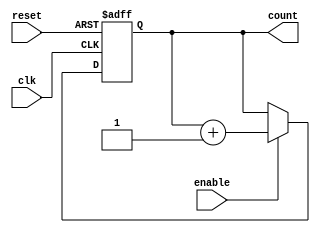
module ChainedParallelCounter #(
    parameter N = 4 // Number of bits in counter
) (
    input wire clk,       // Clock signal
    input wire reset,     // Asynchronous reset
    input wire enable,    // Enable signal
    output reg [N-1:0] count // Counter output
);

// Asynchronous reset logic
always @(posedge clk or posedge reset) begin
    if (reset) begin
        count <= 0; // Reset counter to zero
    end else if (enable) begin
        // Increment counter (Parallel Counting)
        count <= count + 1;
    end
end

endmodule